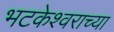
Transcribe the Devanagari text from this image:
भटकेश्वराच्या